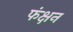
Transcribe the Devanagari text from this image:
फंक्षन